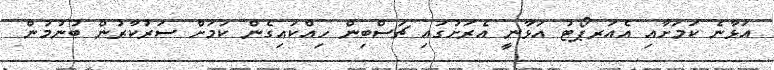
އަޅާނެ ކަމަށާއި އެއަރޕޯޓު އަޅާނީ އެރަށުގައި ޗަސްބިން ހިއްކައިގެން ކަމަށް ސަރުކާރުން ބުނުމުން